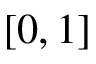
[ 0 , 1 ]